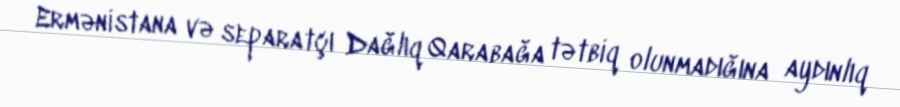
Ermənistana və separatçı Dağlıq Qarabağa tətbiq olunmadığına aydınlıq